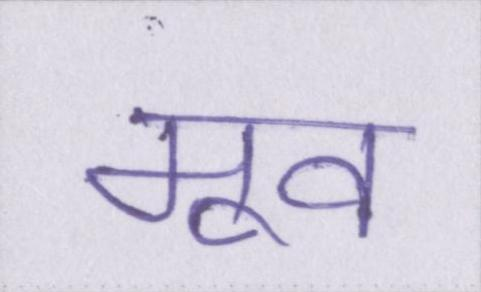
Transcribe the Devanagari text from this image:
मूव